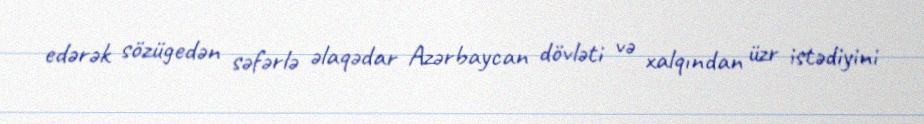
edərək sözügedən səfərlə əlaqədar Azərbaycan dövləti və xalqından üzr istədiyini